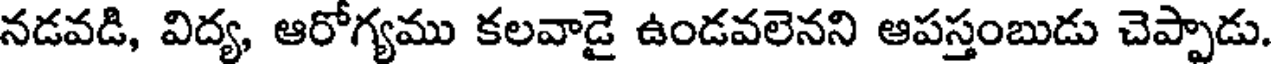
నడవడి, విద్య, ఆరోగ్యము కలవాడై ఉండవలెనని ఆపస్తంబుడు చెప్పాడు.